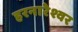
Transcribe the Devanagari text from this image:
हरनारेश्वर